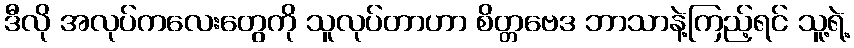
ဒီလို အလုပ်ကလေးတွေကို သူလုပ်တာဟာ စိတ္တဗေဒ ဘာသာနဲ့ကြည့်ရင် သူ့ရဲ့